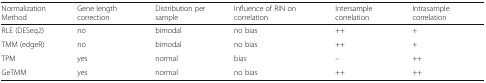
| Normalization Method | Gene length correction | Distribution per sample | Influence of RIN on correlation | Intersample correlation | Intrasample correlation |
 | --- | --- | --- | --- | --- | --- |
 | RLE (DESeq2) | no | bimodal | no bias | ++ | + |
 | TMM (edgeR) | no | bimodal | no bias | ++ | + |
 | TPM | yes | normal | bias | – | ++ |
 | GeTMM | yes | normal | no bias | ++ | ++ |